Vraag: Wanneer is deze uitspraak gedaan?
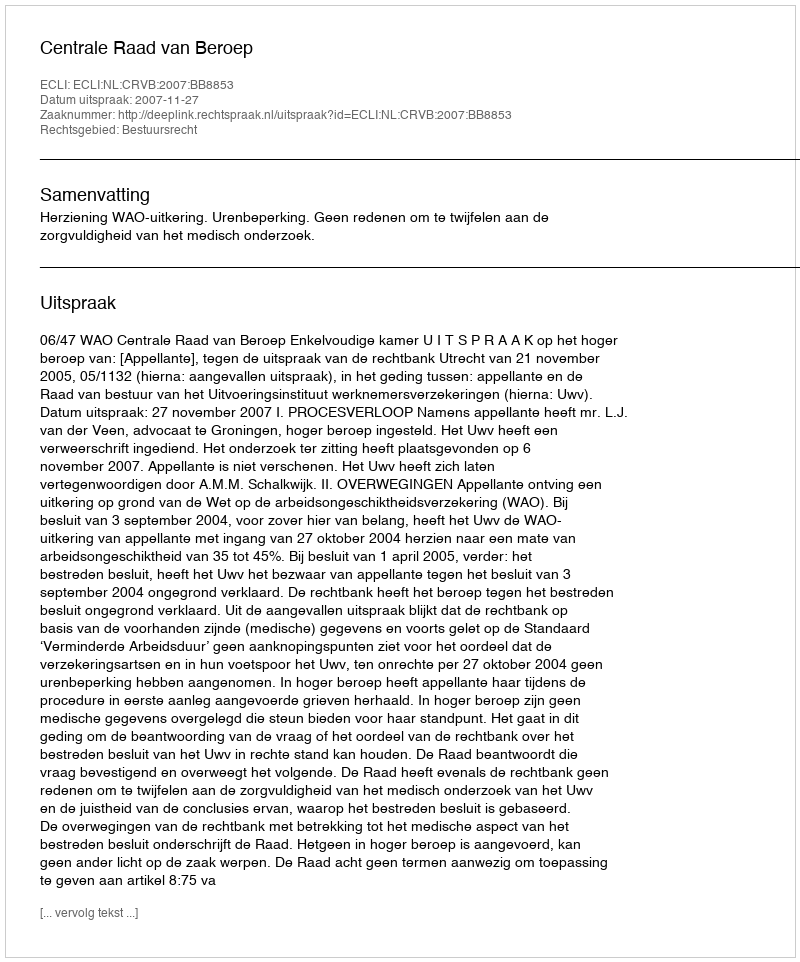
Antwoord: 2007-11-27